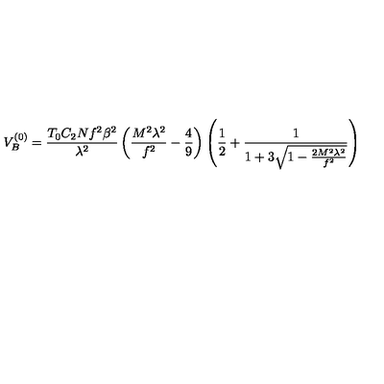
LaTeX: V _ { B } ^ { ( 0 ) } = \frac { T _ { 0 } C _ { 2 } N f ^ { 2 } \beta ^ { 2 } } { \lambda ^ { 2 } } \left( \frac { M ^ { 2 } \lambda ^ { 2 } } { f ^ { 2 } } - \frac { 4 } { 9 } \right) \left( \frac { 1 } { 2 } + \frac { 1 } { 1 + 3 \sqrt { 1 - \frac { 2 M ^ { 2 } \lambda ^ { 2 } } { f ^ { 2 } } } } \right)